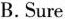
B. Sure